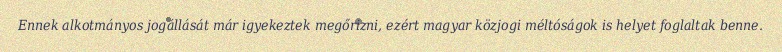
Ennek alkotmányos jogállását már igyekeztek megőrizni, ezért magyar közjogi méltóságok is helyet foglaltak benne.